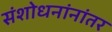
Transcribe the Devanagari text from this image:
संशोधनांनांतर